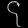
Digit: ၄